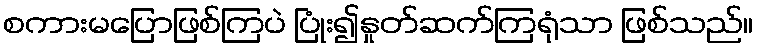
စကားမပြောဖြစ်ကြပဲ ပြုံး၍နှုတ်ဆက်ကြရုံသာ ဖြစ်သည်။